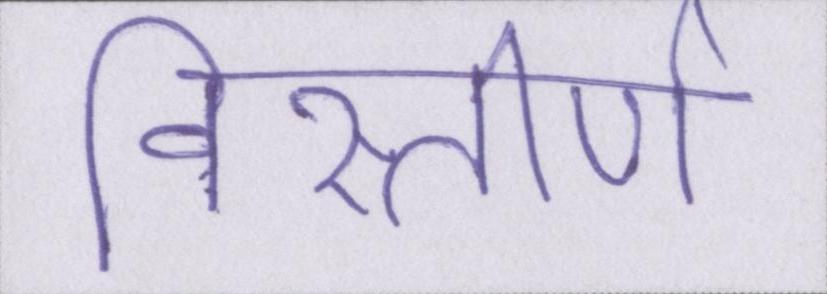
विस्तीर्ण